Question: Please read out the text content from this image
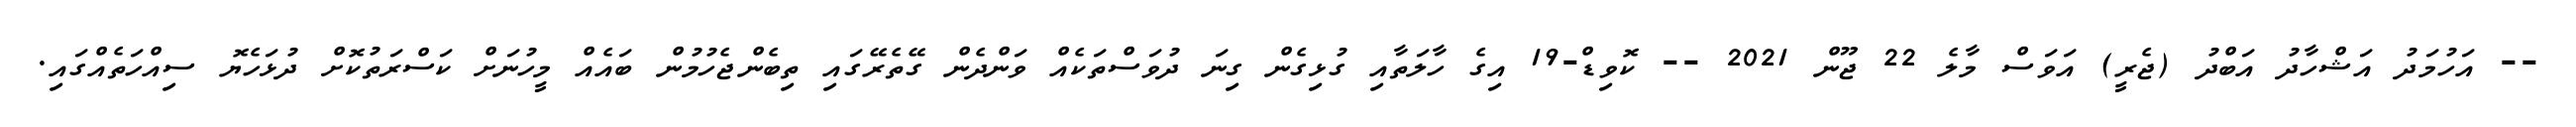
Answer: -- އަހުމަދު އަޝްހާދު އަބްދު (ޖެރީ) އަވަސް މާލެ 22 ޖޫން 2021 -- ކޮވިޑް-19 އިގެ ހާލަތާއި ގުޅިގެން ގިނަ ދުވަސްތަކެއް ވަންދެން ގޭތެރޭގައި ތިބެންޖެހުމުން ބައެއް މީހުނަށް ކަސްރަތުކޮށް ދުޅަހެޔޮ ސިއްހަތެއްގައި.